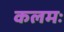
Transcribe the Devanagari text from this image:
कलमः